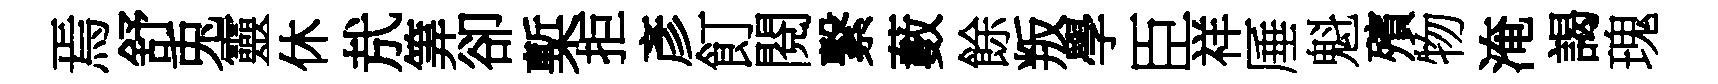
焉舒兎靈休㢤筭卻槧拒彥飣閱繋藪餘叛學臣祥厜魁殯物淹謁瑰